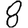
Digit: 8